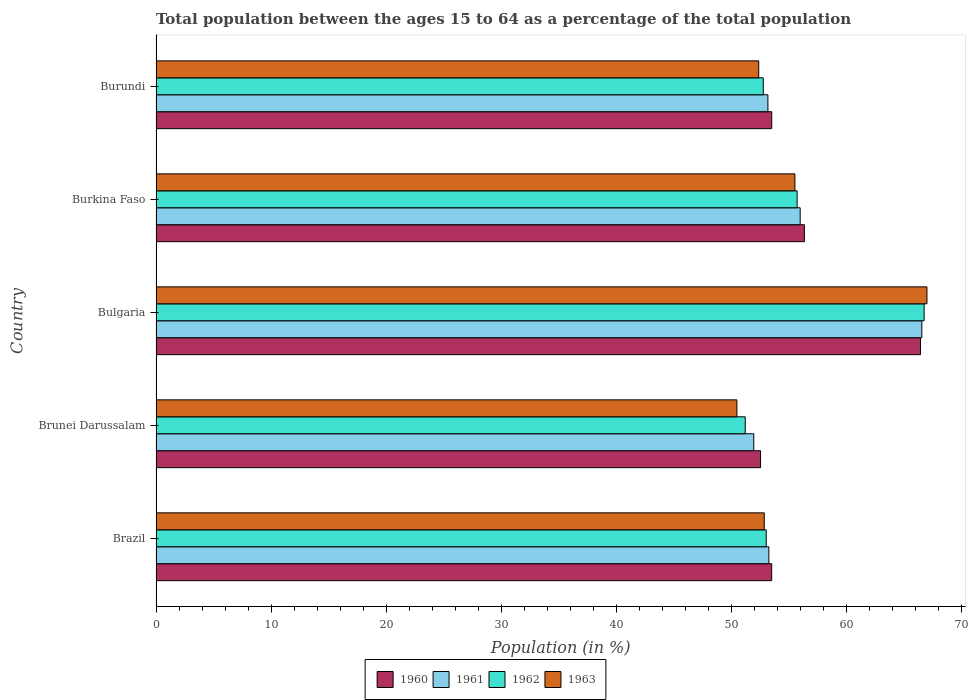
| Country | 1960 | 1961 | 1962 | 1963 |
 | --- | --- | --- | --- | --- |
 | Brazil | 53.5 | 53.3 | 53 | 52.9 |
 | Brunei Darussalam | 52.5 | 52 | 51.2 | 50.5 |
 | Bulgaria | 66.4 | 66.6 | 66.8 | 67 |
 | Burkina Faso | 56.3 | 56 | 55.7 | 55.5 |
 | Burundi | 53.5 | 53.2 | 52.8 | 52.4 |